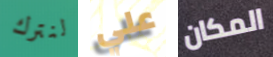
لنترك علي المكان